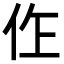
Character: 㑅